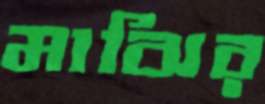
মাঝির